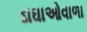
ડાઘાઓવાળા